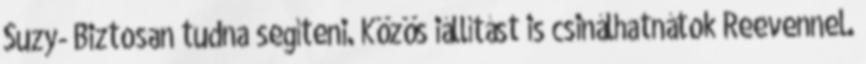
Suzy- Biztosan tudna segíteni. Közös iállítást is csinálhatnátok Reevennel.